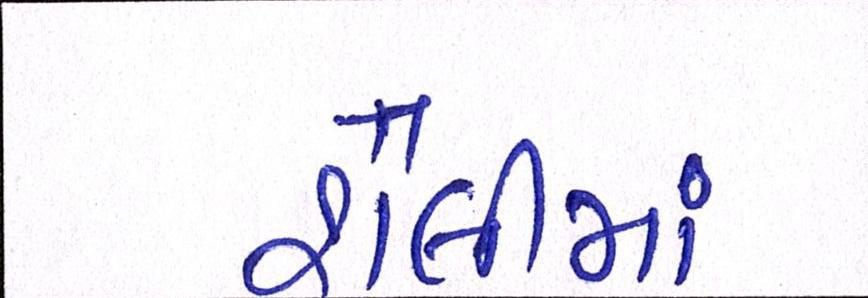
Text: શૈલીમાં